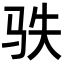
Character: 𩧭